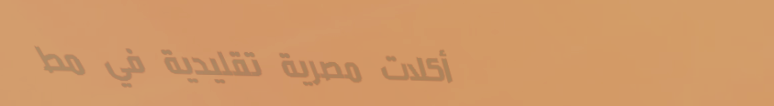
أكلات مصرية تقليدية في مط